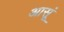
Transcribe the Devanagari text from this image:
आसूं